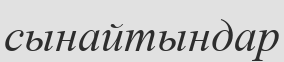
сынайтындар